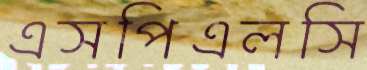
এসপিএলসি